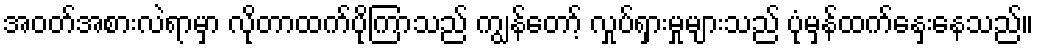
အဝတ်အစားလဲရာမှာ လိုတာထက်ပိုကြာသည် ကျွန်တော့် လှုပ်ရှားမှုများသည် ပုံမှန်ထက်နှေးနေသည်။